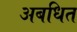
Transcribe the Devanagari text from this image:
अबधित